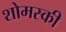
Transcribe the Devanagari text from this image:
शोमस्की